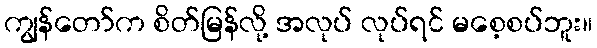
ကျွန်တော်က စိတ်မြန်လို့ အလုပ် လုပ်ရင် မစေ့စပ်ဘူး။